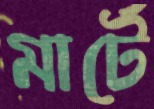
মার্টে